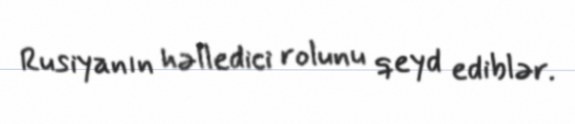
Rusiyanın həlledici rolunu qeyd ediblər.